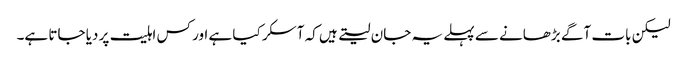
لیکن بات آگے بڑھانے سے پہلے یہ جان لیتے ہیں کہ آسکر کیا ہے اور کس اہلیت پر دیا جاتا ہے۔